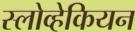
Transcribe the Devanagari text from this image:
स्लोव्हेकियन